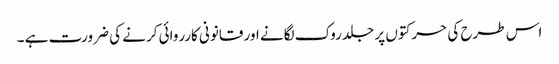
اس طرح کی حرکتوں پر جلد روک لگانے اور قانونی کارروائی کرنے کی ضرورت ہے ۔